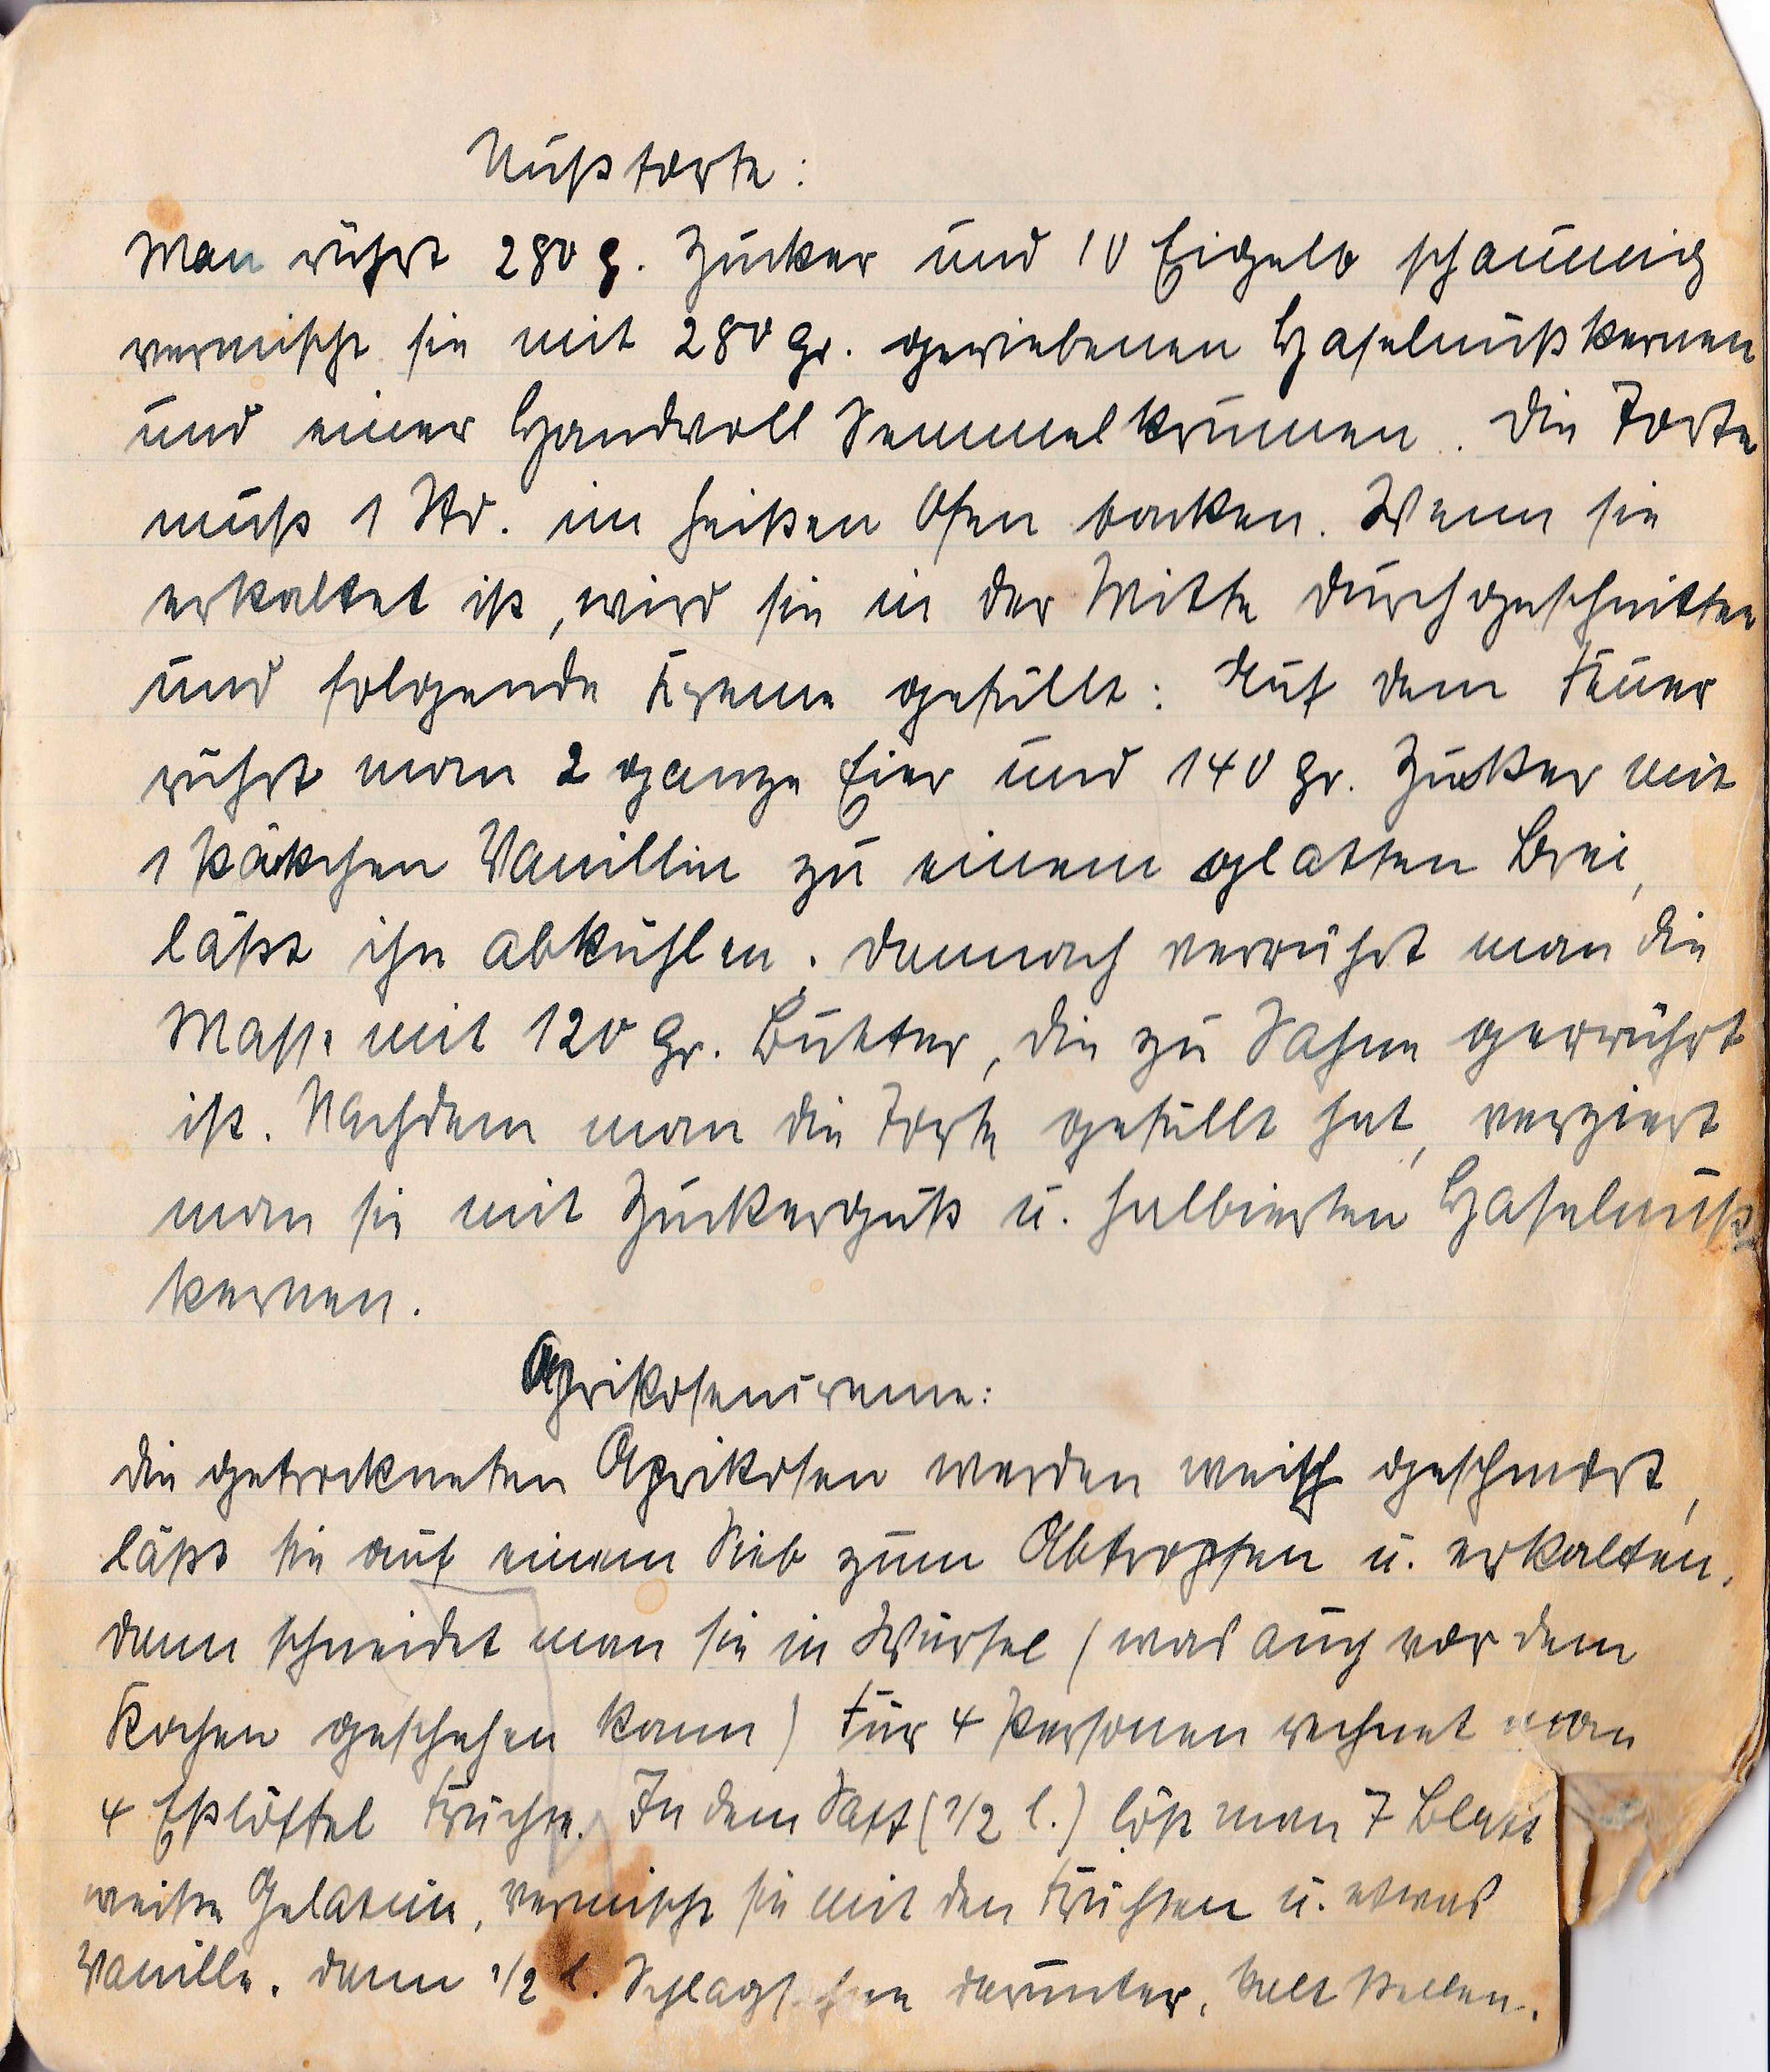
Nußtorte:
Man rührt 280 g. Zucker und 10 Eigelb schaumig
vermischt sie mit 280 g. geriebenen Haselnußkernen
und einer Handvoll Semmelkrumen. Die Torte
muß 1 Std. im heißen Ofen backen. Wenn sie
erkaltet ist, wird sie in der Mitte durchgeschnitten
und folgende Creme gefüllt: Auf dem Feuer
rührt man 2 ganze Eier und 140 gr. Zucker mit
1 Päckchen Vanillin zu einem glatten Brei,
läßt ihn abkühlen. Danach verrührt man die
Masse mit 120 gr. Butter, die zu Sahne gerührt
ist. Nachdem man die Torte gefüllt hat, verziert
man sie mit Zuckerguß u. halbierten Haselnuß¬
kernen.
Aprikosencreme:
Die getrockneten Aprikosen werden weich geschmort,
läßt sie auf einem Sieb zum Abtrocknen u. erkalten,
dann schneidet man sie in Viertel (was auch vor dem
Kochen geschehen kann) für 4 Personen rechnet man
4 Eßlöffel Früchte. In den Saft (½ l.) löst man 7 Blatt
weißen Gelatin, vermischt sie mit den Früchten u. etwas
Vanille, dann ½ l. Schlagsahne darunter, kalt stellen,